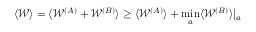
\langle \mathcal { W } \rangle = \langle \mathcal { W } ^ { ( A ) } + \mathcal { W } ^ { ( B ) } \rangle \geq \langle \mathcal { W } ^ { ( A ) } \rangle + \operatorname* { m i n } _ { a } \langle \mathcal { W } ^ { ( B ) } \rangle | _ { a }